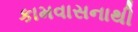
કામવાસનાથી